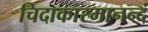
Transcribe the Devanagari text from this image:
चिदाकारमानन्दं